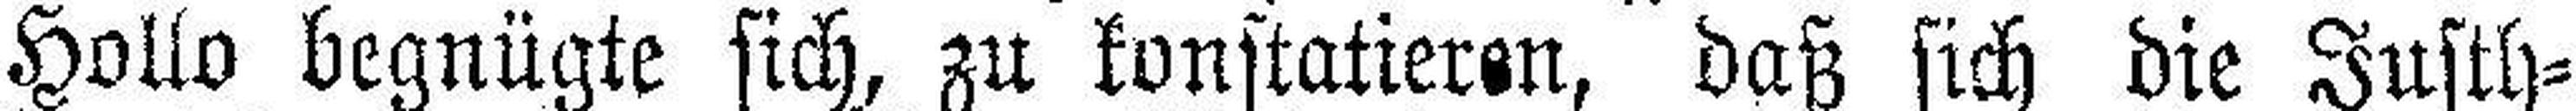
Hollo begnügte sich, zu konstatieren, daß sich die Justh=